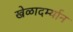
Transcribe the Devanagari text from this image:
खेळादर्म्यान